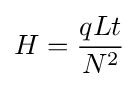
H={\frac {qLt}{N^{2}}}